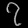
Digit: ၇